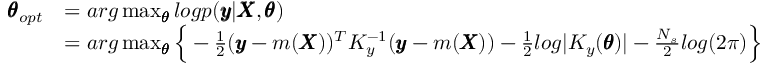
\begin{array} { r l } { \pmb { \theta } _ { o p t } } & { = a r g \operatorname* { m a x } _ { \pmb { \theta } } l o g p ( \pmb { y } | \pmb { X } , \pmb { \theta } ) } \\ & { = a r g \operatorname* { m a x } _ { \pmb { \theta } } \Big \{ - \frac { 1 } { 2 } ( \pmb { y } - m ( \pmb { X } ) ) ^ { T } K _ { y } ^ { - 1 } ( \pmb { y } - m ( \pmb { X } ) ) - \frac { 1 } { 2 } l o g | K _ { y } ( \pmb { \theta } ) | - \frac { N _ { s } } { 2 } l o g ( 2 \pi ) \Big \} } \end{array}